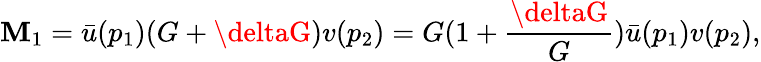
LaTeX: \mathbf{M}_{1}={\bar{{u}}}(p_{1})(G+\deltaG)v(p_{2})=G(1+{\frac{{\deltaG}}{{G}}}){\bar{{u}}}(p_{1})v(p_{2}),